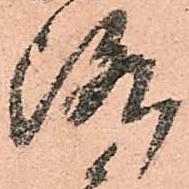
洛